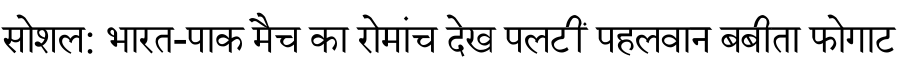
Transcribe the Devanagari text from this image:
सोशल: भारत-पाक मैच का रोमांच देख पलटीं पहलवान बबीता फोगाट